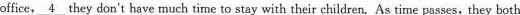
office,\underline{4}they don't have much time to stay with their children.As time passes, they both